King Institute of Preventive Medicine Micro-Biological Section reports 1909-11
Year: 1909
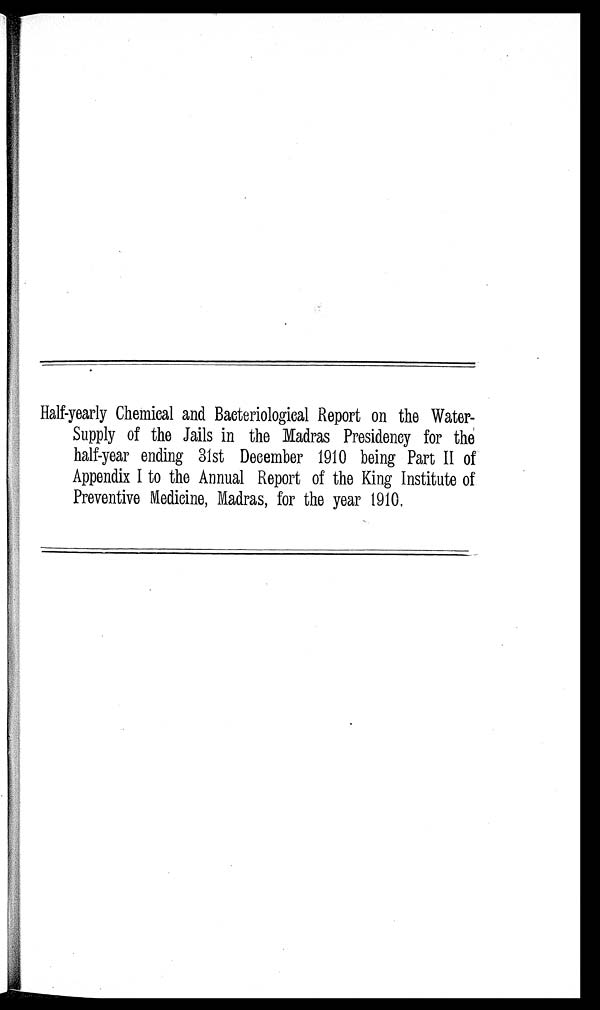
Half-yearly Chemical and Bacteriological Report on the Water-
Supply of the Jails in the Madras Presidency for the
half-year ending 31st December 1910 being Part II of
Appendix I to the Annual Report of the King Institute of
Preventive Medicine, Madras, for the year 1910.